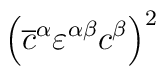
\left( \overline{c}^{\alpha }\varepsilon ^{\alpha \beta }c^{\beta }\right)^{2}